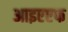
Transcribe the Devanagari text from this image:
आइएएफ